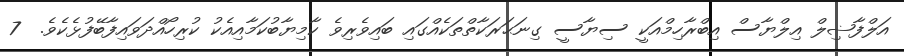
އަލްފާޟިލް އިލްޔާސް އިބްރާހިމްއަކީ ސިޔާސީ ގިނަޙަރަކާތްތަކެއްގައި ބައިވެރިވެ ކާމިޔާބުކަމާއިއެކު ކުރިހޯއްދަވައިފާބޭފުޅެކެވެ.  7